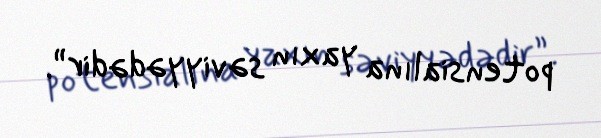
potensialına yaxın səviyyədədir”.